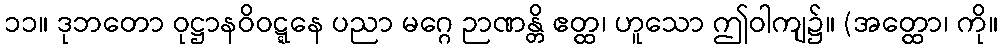
၁၁။ ဒုဘတော ဝုဋ္ဌာနဝိဝဋ္ဋနေ ပညာ မဂ္ဂေ ဉာဏန္တိ ဧတ္ထ၊ ဟူသော ဤဝါကျ၌။ (အတ္ထော၊ ကို။